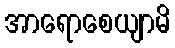
အာရောစေယျာမိ